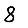
Digit: 8